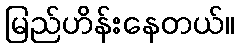
မြည်ဟိန်းနေတယ်။